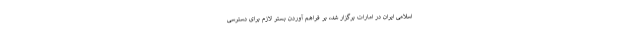
اسلامی ایران در امارات برگزار شد، بر فراهم آوردن بستر لازم برای دسترسی